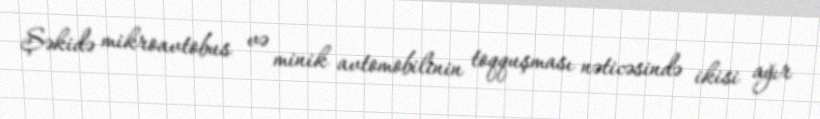
Şəkidə mikroavtobus və minik avtomobilinin toqquşması nəticəsində ikisi ağır